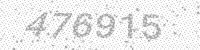
Solution: 476915